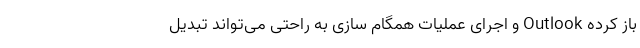
باز کرده Outlook و اجرای عملیات همگام سازی به راحتی می­تواند تبدیل